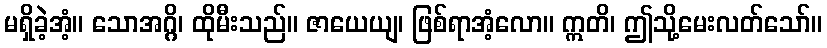
မရှိခဲ့အံ့။ သောအဂ္ဂိ၊ ထိုမီးသည်။ ဇာယေယျ၊ ဖြစ်ရာအံ့လော။ ဣတိ၊ ဤသို့မေးလတ်သော်။